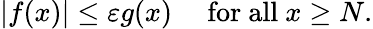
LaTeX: |f(x)|\leq\varepsilon g(x)\quad{\mathrm{~for~all~}}x\geq N.